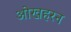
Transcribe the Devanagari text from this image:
ओखहरन